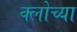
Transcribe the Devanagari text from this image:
क्लोच्या